Indian journal of veterinary science and animal husbandry - Volume 5,
Year: 1935
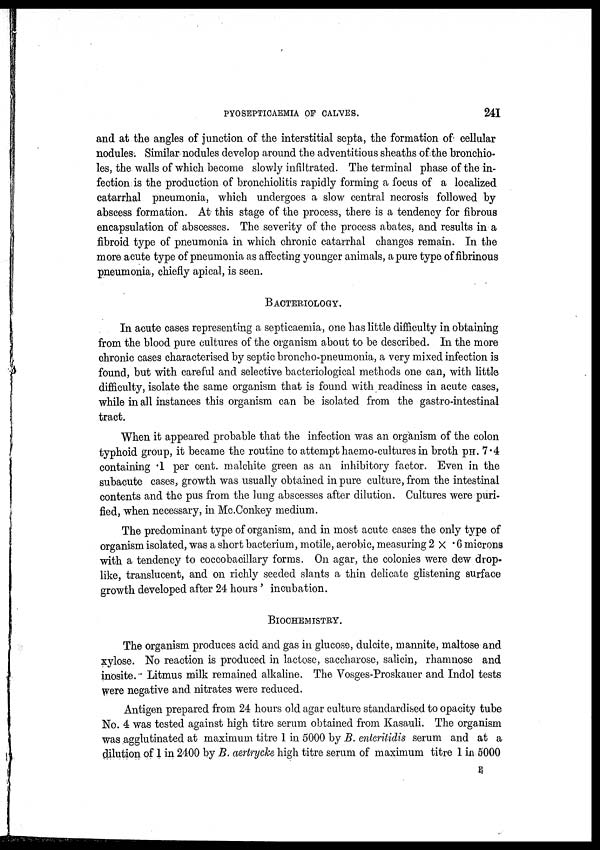
PYOSEPTICAEMIA OF CALVES.
241
and at the angles of junction of the interstitial septa, the formation of cellular
nodules. Similar nodules develop around the adventitious sheaths of the bronchio-
les, the walls of which become slowly infiltrated. The terminal phase of the in-
fection is the production of bronchiolitis rapidly forming a focus of a localized
catarrhal pneumonia, which undergoes a slow central necrosis followed by
abscess formation. At this stage of the process, there is a tendency for fibrous
encapsulation of abscesses. The severity of the process abates, and results in a
fibroid type of pneumonia in which chronic catarrhal changes remain. In the
more acute type of pneumonia as affecting younger animals, a pure type of fibrinous
pneumonia, chiefly apical, is seen.
BACTERIOLOGY.
In acute cases representing a septicaemia, one has little difficulty in obtaining
from the blood pure cultures of the organism about to be described. In the more
chronic cases characterised by septic broncho-pneumonia, a very mixed infection is
found, but with careful and selective bacteriological methods one can, with little
difficulty, isolate the same organism that is found with readiness in acute cases,
while in all instances this organism can be isolated from the gastro-intestinal
tract.
When it appeared probable that the infection was an organism of the colon
typhoid group, it became the routine to attempt haemo-cultures in broth PH. 7.4
containing .1 per cent. malchite green as an inhibitory factor. Even in the
subacute cases, growth was usually obtained in pure culture, from the intestinal
contents and the pus from the lung abscesses after dilution. Cultures were puri-
fied, when necessary, in Mc.Conkey medium.
The predominant type of organism, and in most acute cases the only type of
organism isolated, was a short bacterium, motile, aerobic, measuring 2 × .6 microns
with a tendency to coccobacillary forms. On agar, the colonies were dew drop-
like, translucent, and on richly seeded slants a thin delicate glistening surface
growth developed after 24 hours ' incubation.
BIOCHEMISTRY.
The organism produces acid and gas in glucose, dulcite, mannite, maltose and
xylose. No reaction is produced in lactose, saccharose, salicin, rhamnose and
inosite. Litmus milk remained alkaline. The Vosges-Proskauer and Indol tests
were negative and nitrates were reduced.
Antigen prepared from 24 hours old agar culture standardised to opacity tube
No. 4 was tested against high titre serum obtained from Kasauli. The organism
was agglutinated at maximum titre 1 in 5000 by B. enteritidis serum and at a
dilution of 1 in 2400 by B. aertrycke high titre serum of maximum titre 1 in 5000
E